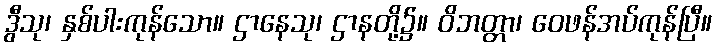
ဒွီသု၊ နှစ်ပါးကုန်သော။ ဌာနေသု၊ ဌာနတို့၌။ ဝိဘတ္တာ၊ ဝေဖန်အပ်ကုန်ပြီ။